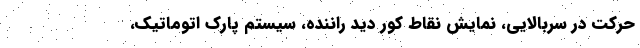
حرکت در سربالایی، نمایش نقاط کور دید راننده، سیستم پارک اتوماتیک،